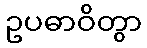
ဥပဓာဝိတွာ